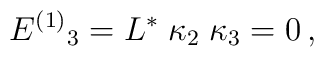
E^{(1)}{}_3 = L^* \; \kappa_2 \; \kappa_3  = 0\,,